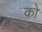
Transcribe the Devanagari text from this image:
कोे